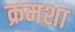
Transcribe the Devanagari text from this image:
क्रमशा